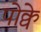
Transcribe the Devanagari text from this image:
पोक्वे